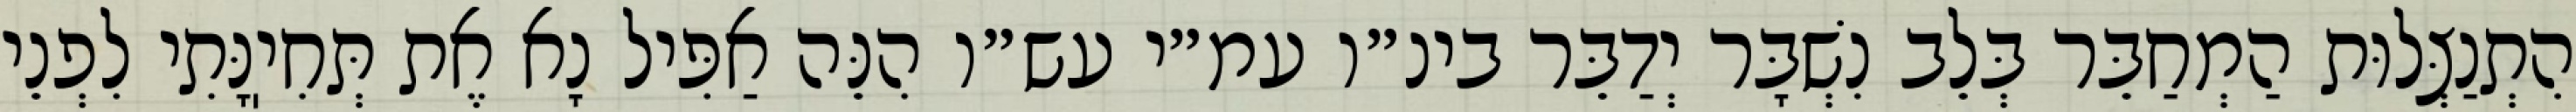
הִתְנַצְּלוּת הַמְחַבֵּר בְּלֵב נִשְׁבָּר יְדַבֵּר בינ״ו עמ״י עש״ו הִנֵּה אַפִּיל נָא אֶת תְּחִיֽנָּתִי לִפְנֵי